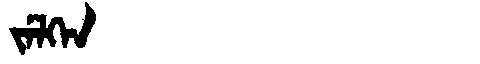
Manchu: ᠵᡝᠯᡴᡝᠨ
Romanization: JELKEN